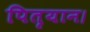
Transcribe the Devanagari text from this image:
पितृयान।